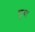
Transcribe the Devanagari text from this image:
लूबा